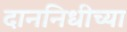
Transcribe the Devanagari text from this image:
दाननिधीच्या